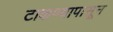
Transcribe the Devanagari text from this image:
टाकण्यापासून